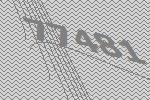
77481